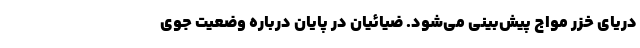
دریای خزر مواج پیش‌بینی می‌شود. ضیائیان در پایان درباره وضعیت جوی